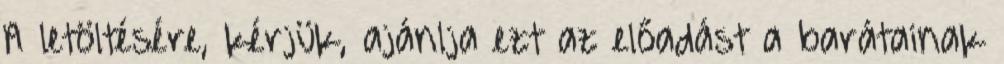
A letöltésére, kérjük, ajánlja ezt az előadást a barátainak